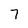
Character: 7